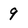
Character: 9